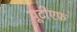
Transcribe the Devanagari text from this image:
यूटीएफ़